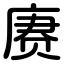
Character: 赓